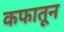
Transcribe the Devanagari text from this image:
कफातून